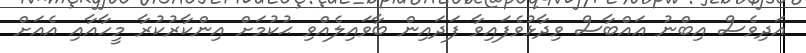
އަދިވެސް އިބްނު ޢައްބާސް ވިދާޅުވެފައިވާ ފަދައިން ބާވައިލެއްވި ޙުކުމަށް އިންކާރުކުރާ މީހާއާއި އެއަށް